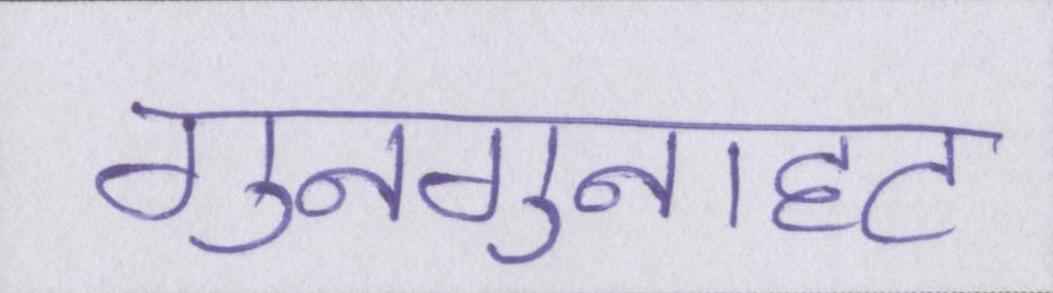
गुनगुनाहट